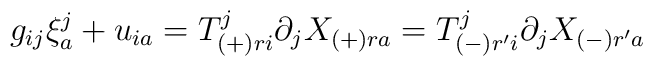
g_{ij}\xi^j_a +u_{ia} = T^{j}_{(+)ri} \partial_j X_{(+)ra} = T^{j}_{(-)r'i}\partial_j X_{(-)r'a}